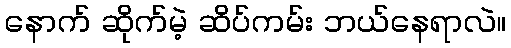
နောက် ဆိုက်မဲ့ ဆိပ်ကမ်း ဘယ်နေရာလဲ။